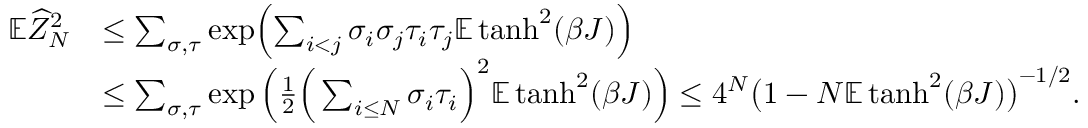
\begin{array} { r l } { \mathbb E \widehat Z _ { N } ^ { 2 } } & { \leq \sum _ { \sigma , \tau } \exp \Bigl ( \sum _ { i < j } \sigma _ { i } \sigma _ { j } \tau _ { i } \tau _ { j } \mathbb E \operatorname { t a n h } ^ { 2 } ( \beta J ) \Bigr ) } \\ & { \leq \sum _ { \sigma , \tau } \exp \Big ( \frac { 1 } { 2 } \Big ( \sum _ { i \leq N } \sigma _ { i } \tau _ { i } \Big ) ^ { 2 } \mathbb E \operatorname { t a n h } ^ { 2 } ( \beta J ) \Big ) \leq 4 ^ { N } \big ( 1 - N \mathbb E \operatorname { t a n h } ^ { 2 } ( \beta J ) \big ) ^ { - 1 / 2 } . } \end{array}